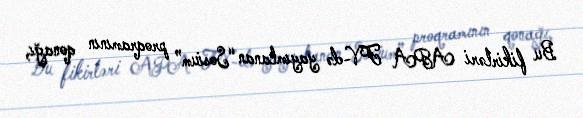
Bu fikirləri APA TV-də yayımlanan “Sosium” proqramının qonağı,